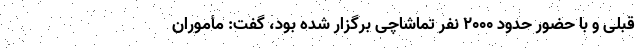
قبلی و با حضور حدود ۲۰۰۰ نفر تماشاچی برگزار شده بود، گفت: مأموران